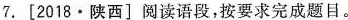
7. [2018 · 陕西]阅读语段，按要求完成题目。